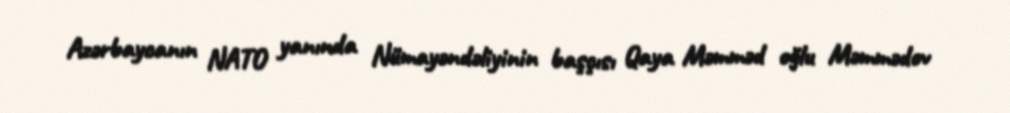
Azərbaycanın NATO yanında Nümayəndəliyinin başçısı Qaya Məmməd oğlu Məmmədov